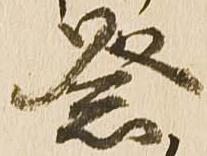
祭